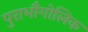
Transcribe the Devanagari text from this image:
पुराभौगोलिक